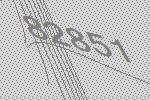
82851